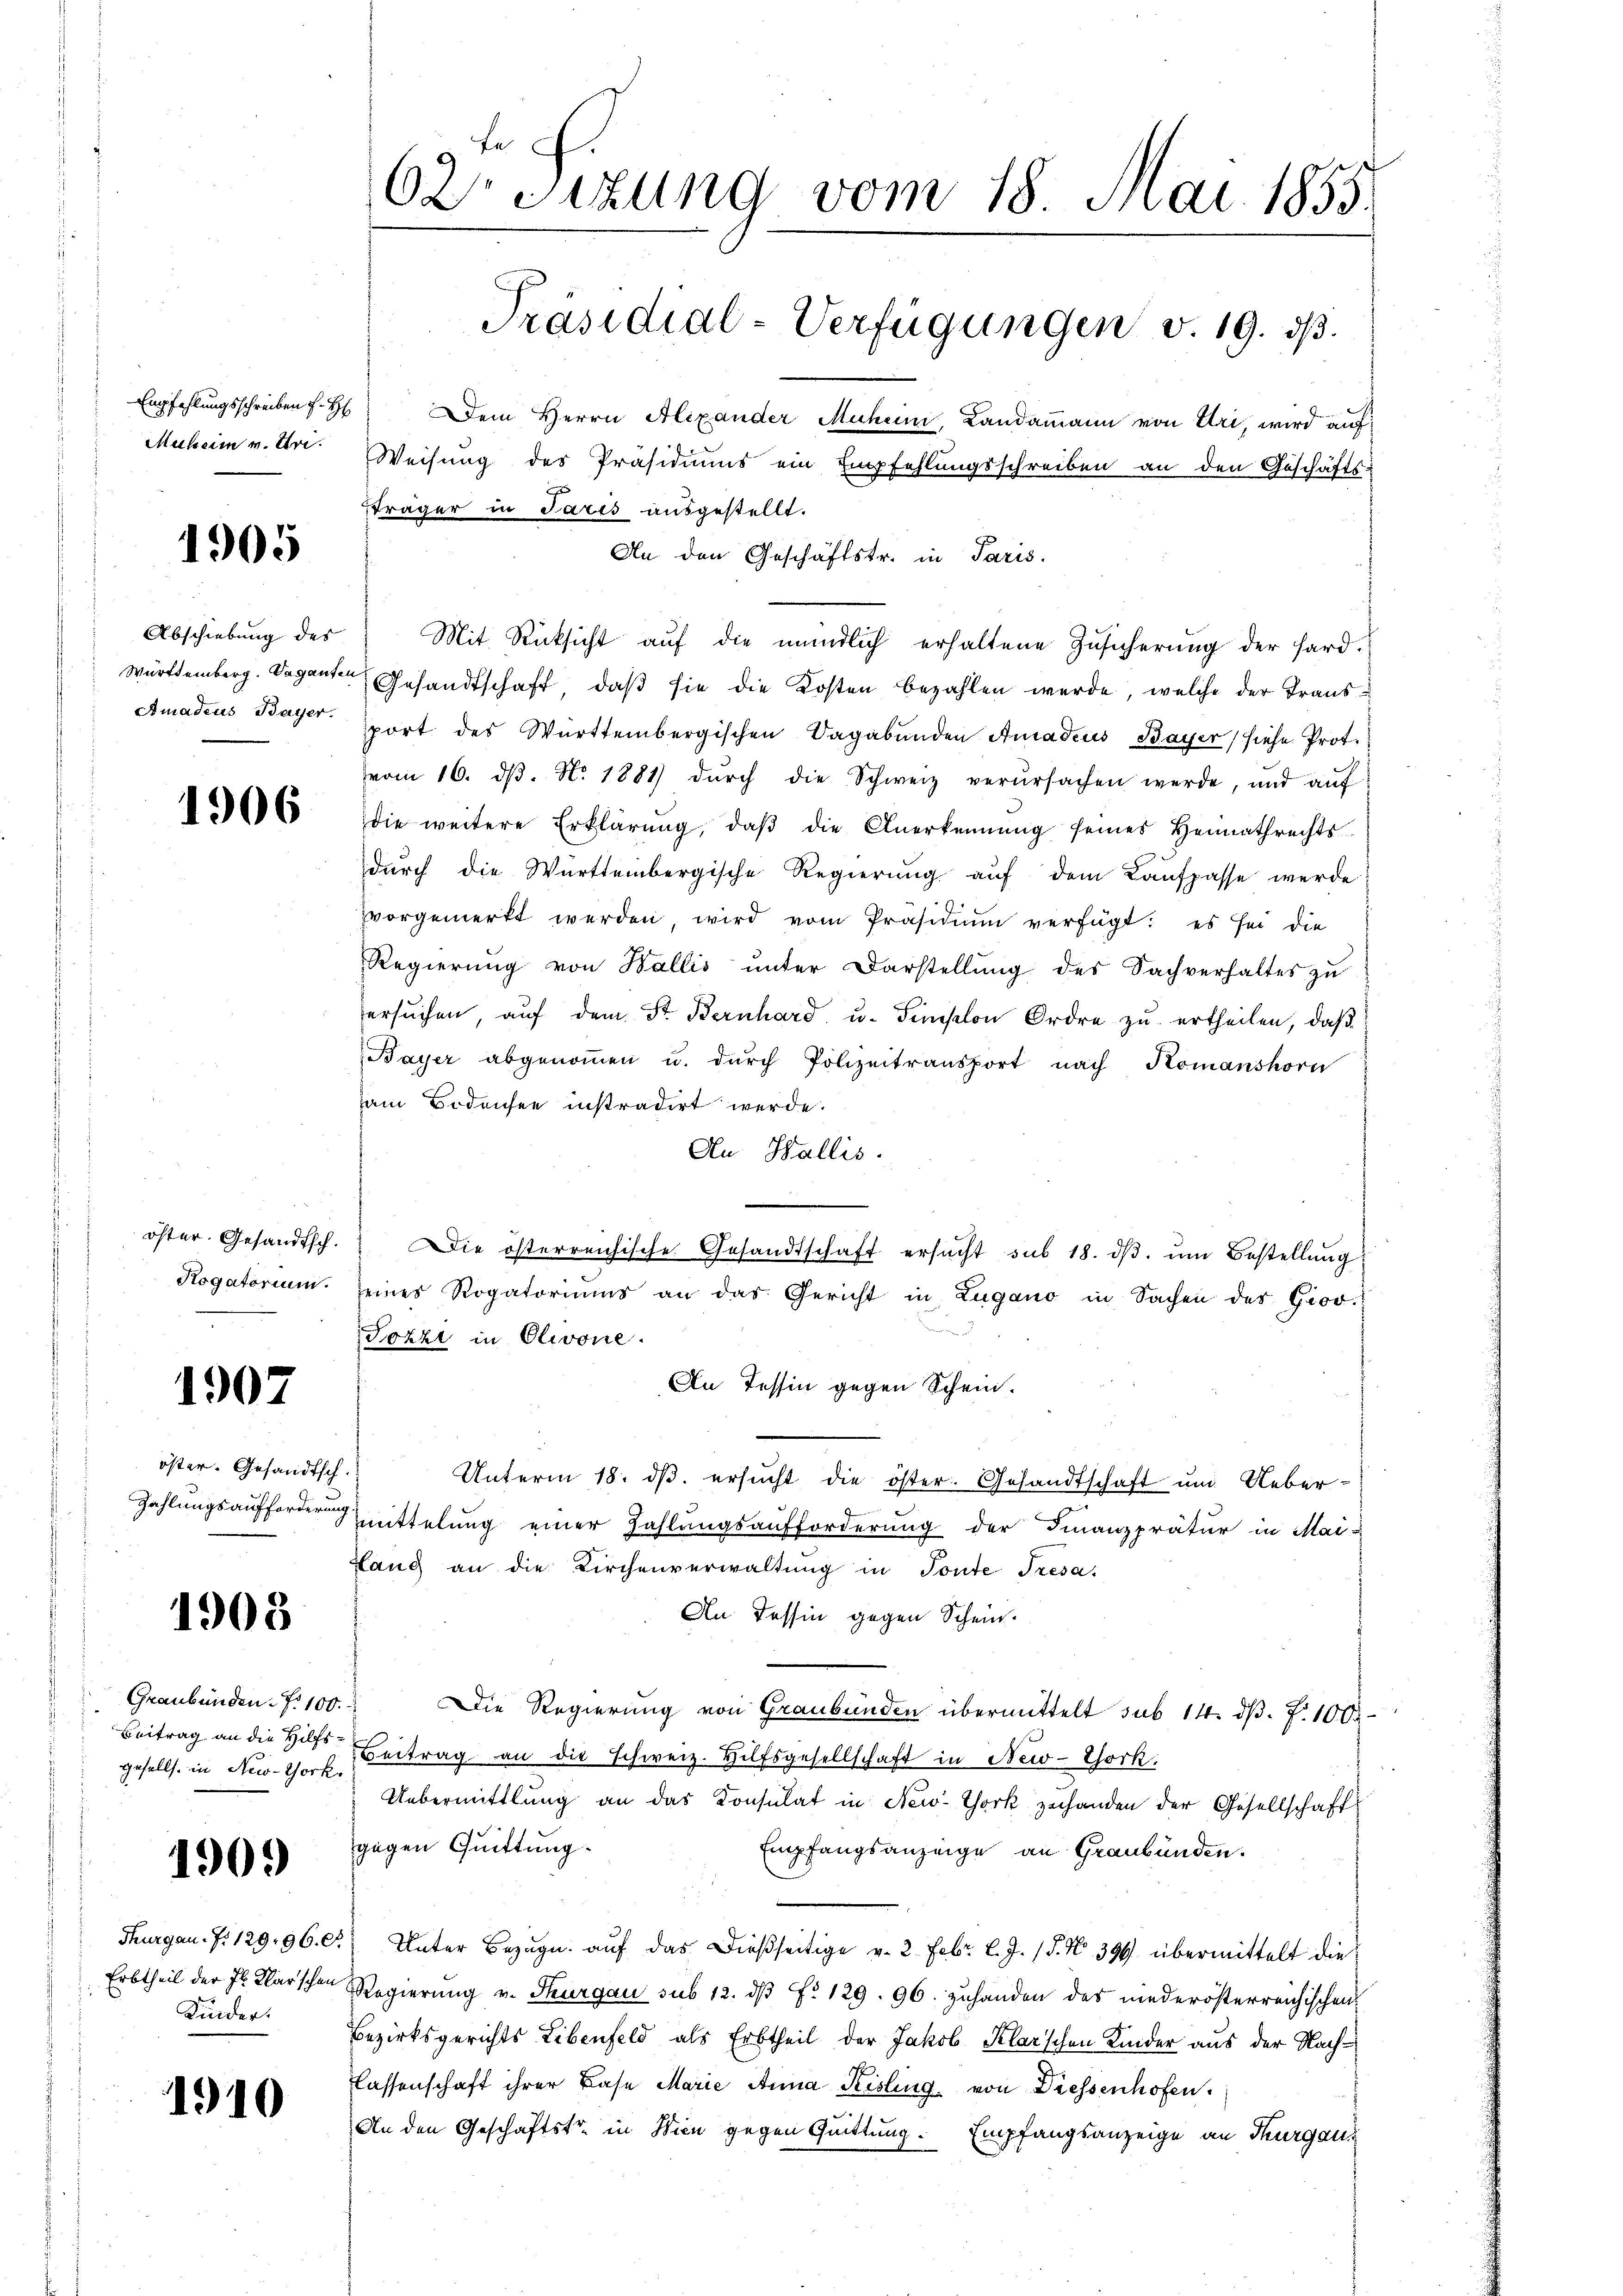
1905

Abschiebung des

1906

1907

öster. Gesandtsch.

1908

Graubünden. N. 100.
gesells. in New-York,

1909

Kinder.

1910

Empfehlungsschreiben f. H. Dem Herrn Alexander Muheim, Landammann von Uri, wird auf
Muheim v. Art. Weisung des Präsidiums ein Empfehlungsschreiben an den Geschäfts-
Träger in Paris ausgestellt.
An den Geschäftstr. in Paris.
Mit Rücksicht auf die mündlich erhaltene Zusicherung der Hard¬
Württemberg. Saganten Gesandtschaft, daß sie die Kosten bezahlen werde, welche der Trans¬
Amadeus Bayer port des Württembergischen Vagabunden Amadeus Bayer, siehe Prot.
vom 16. dβ. N. 1881 dŭrch die Schweiz verŭrsachen werde, und aŭf
die weitere Erklärŭng, daβ die Anerkennung seines Heimathrechts
dŭrch die Württembergische Regierŭng aŭf dem Kaŭfpasse werde!
vvorgemerkt werden, wird vom Präsidiŭm verfügt: es sei die
Regierŭng von Wallis ŭnter Darstellŭng des Sachverhaltes zŭ
ersŭchen, aŭf dem Dr. Bernhard u. Simplon Ordre zu ertheilen, daβ
Bayer abgenoṁen u. dŭrch Polizeitransport nach Komanshorn
ham Bodensee instradirt werde.
An Wallis.
öster. Gesandtsch. Die österreichische Gesandtschaft ersŭcht sub 18. dβ. ŭm Bestellŭng
Rogatorium seines Rogatoriums an das Gericht in Zugano in Sachen des Giov
Tocht in Olivone.
An Tessin gegen Schein.
Unterm 18. dβ. ersucht die öster. Gesandtschaft um Ueber¬
Zahlungsaufforderung mittelung einer Zahlungsaufforderung der Finanzprätur in Mai-
Lang an die Kirchenverwaltŭng in Tonte Tresa-
An Tessin gegen Schein.
Die Regierung von Graubünden übermittelt sub 14. dβ. P. 1000
Beitrag an die das Beitrag an die Schweiz. Hilfsgesellschaft in New-York:
Uebermittlung an das Konsulat in New-York zuhanden der Gesellschaft
gegen Quittung.
Empfangsanzeige an Graubünden.
Thurgau. Z. 129. 96. C.) Unter Bezŭg aŭf das dießseitige v. 2. Febr. l. J. 18. No 399 übermittelt die
Erbtheil der Fr. Klarschen Regierŭng v. Thurgau sub 12. dβ fr. 129. 96. zŭ handen des niederösterreichischen
Bezirksgerichts Lebenfeld als Erbtheil der Jakob Klarschen Kinder aus der Nachlassenschaft ihrer Base Marie Anna Kisling, von Diessenhofen.
An den Geschäftstr. in Wien gegen Quittung. Empfangsanzeige an Thurgau,

62: Sizung vom 18. Mai 1855.
Präsidial-Verfügungen v. 19. ds.